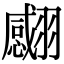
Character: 𦒝